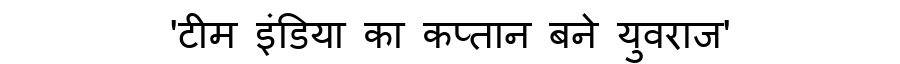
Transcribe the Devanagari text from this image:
'टीम इंडिया का कप्तान बने युवराज'